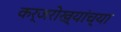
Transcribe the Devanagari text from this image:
कर्जरोख्यांच्या